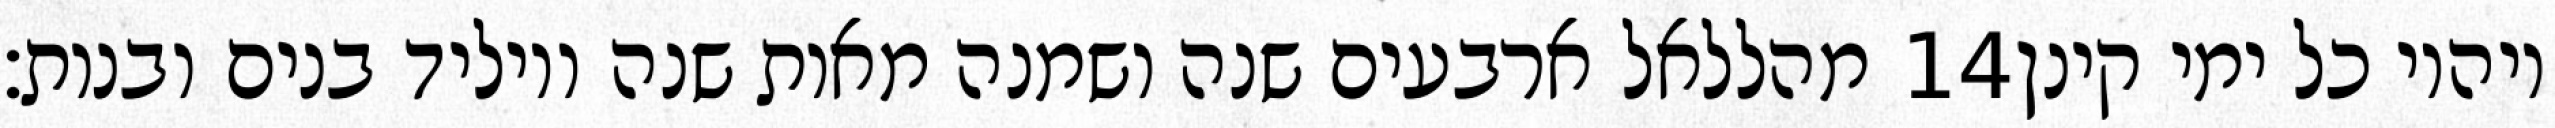
מהללאל ארבעים שנה ושמנה מאות שנה ויוליד בנים ובנות׃ ‎14‏ ויהיו כל ימי קינן